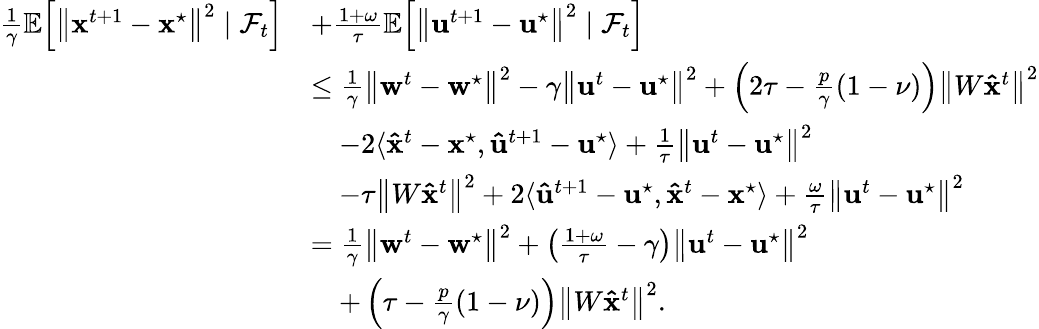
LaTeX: \begin{array}{rl}{\frac{1}{\gamma}\mathbb{E}\! \left[\left\| \mathbf{x}^{t+1}-\mathbf{x}^{\star}\right\| ^{2}\; |\; \mathcal{F}_{t}\right]}&{+\frac{1+\omega}{\tau}\mathbb{E}\! \left[\left\| \mathbf{u}^{t+1}-\mathbf{u}^{\star}\right\| ^{2}\; |\; \mathcal{F}_{t}\right]}\\ &{\leq\frac{1}{\gamma}\left\| \mathbf{w}^{t}-\mathbf{w}^{\star}\right\| ^{2}-\gamma\left\| \mathbf{u}^{t}-\mathbf{u}^{\star}\right\| ^{2}+\left(2\tau-\frac{p}{\gamma}(1-\nu)\right)\left\| W\mathbf{\hat{x}}^{t}\right\| ^{2}}\\ &{\quad-2\langle\mathbf{\hat{x}}^{t}-\mathbf{x}^{\star},\mathbf{\hat{u}}^{t+1}-\mathbf{u}^{\star}\rangle+\frac{1}{\tau}\left\| \mathbf{u}^{t}-\mathbf{u}^{\star}\right\| ^{2}}\\ &{\quad-\tau\left\| W\mathbf{\hat{x}}^{t}\right\| ^{2}+2\langle\mathbf{\hat{u}}^{t+1}-\mathbf{u}^{\star},\mathbf{\hat{x}}^{t}-\mathbf{x}^{\star}\rangle+\frac{\omega}{\tau}\left\| \mathbf{u}^{t}-\mathbf{u}^{\star}\right\| ^{2}}\\ &{=\frac{1}{\gamma}\left\| \mathbf{w}^{t}-\mathbf{w}^{\star}\right\| ^{2}+\left(\frac{1+\omega}{\tau}-\gamma\right)\left\| \mathbf{u}^{t}-\mathbf{u}^{\star}\right\| ^{2}}\\ &{\quad+\left(\tau-\frac{p}{\gamma}(1-\nu)\right)\left\| W\mathbf{\hat{x}}^{t}\right\| ^{2}.}\end{array}